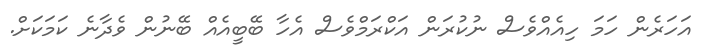
އަހަރެން ހަމަ ހިއެއްވެސް ނުކުރަން އަކްރަމްވެސް އެހާ ބޭބީއެއް ބޭނުން ވެދާނެ ކަމަކަށް.